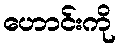
ဟောင်းကို